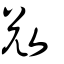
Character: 敚